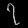
Digit: ၇